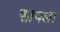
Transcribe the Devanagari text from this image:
फायला